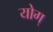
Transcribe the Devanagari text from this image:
योग्‌